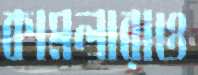
কামলারাও